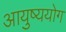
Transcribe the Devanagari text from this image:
आयुष्ययोग